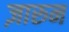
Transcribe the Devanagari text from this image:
ज़ारुन